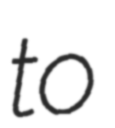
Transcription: to